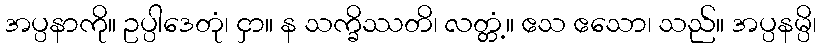
အပ္ပနာကို။ ဥပ္ပါဒေတုံ၊ ငှာ။ န သက္ခိဿတိ၊ လတ္တံ့။ ဧသ ဧသော၊ သည်။ အပ္ပနမ္ပိ၊